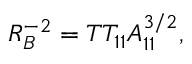
R _ { B } ^ { - 2 } = T T _ { 1 1 } A _ { 1 1 } ^ { 3 / 2 } ,